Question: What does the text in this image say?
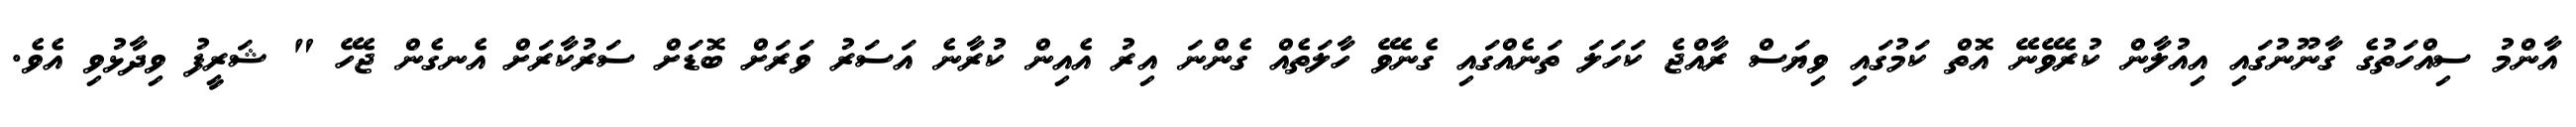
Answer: އާންމު ސިއްހަތުގެ ގާނޫނުގައި އިއުލާން ކުރެވޭނޭ އޮތް ކަމުގައި ވިޔަސް ރާއްޖެ ކަހަލަ ތަނެއްގައި ގެނެވޭ ހާލަތެއް ގެންނަ އިރު އެއިން ކުރާނެ އަސަރު ވަރަށް ބޮޑަށް ސަރުކާރަށް އެނގެން ޖެހޭ " ޝަރީފު ވިދާޅުވި އެވެ.